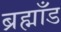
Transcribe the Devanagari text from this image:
ब्रह्माँड